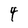
Character: 4